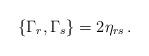
LaTeX: \begin{align*}\{\Gamma_r,\Gamma_s\} = 2 \eta_{rs} \, .\end{align*}